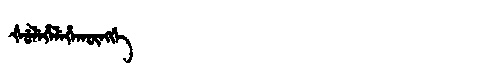
Manchu: ᡧᡠᠯᡝᡥᡝᠯᡝᡥᠠᡴᡡᠩᡤᡝ
Romanization: ŠULEHELEHAKŪNGGE